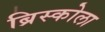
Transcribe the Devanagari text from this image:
ब्रिस्कोला